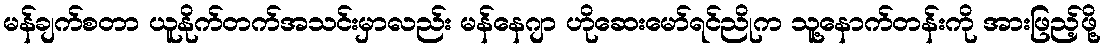
မန်ချက်စတာ ယူနိုက်တက်အသင်းမှာလည်း မန်နေဂျာ ဟိုဆေးမော်ရင်ညိုက သူ့နောက်တန်းကို အားဖြည့်ဖို့